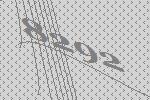
8292